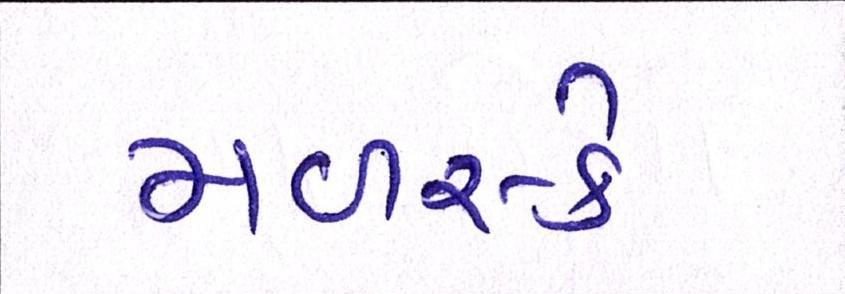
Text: મળસ્કે